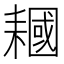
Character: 𱻵